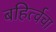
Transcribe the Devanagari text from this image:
बहिर्त्वचा